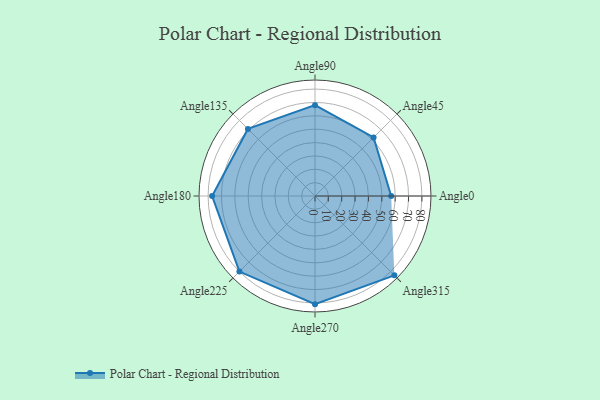
{"axis": {"x": "Angle", "y": "Radius"}, "legend": [""], "data": [{"x": "Angle0", "y": 57.0, "type": ""}, {"x": "Angle45", "y": 62.0, "type": ""}, {"x": "Angle90", "y": 68.0, "type": ""}, {"x": "Angle135", "y": 71.0, "type": ""}, {"x": "Angle180", "y": 77.0, "type": ""}, {"x": "Angle225", "y": 80.0, "type": ""}, {"x": "Angle270", "y": 81.0, "type": ""}, {"x": "Angle315", "y": 84.0, "type": ""}]}